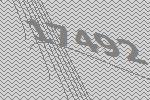
17492